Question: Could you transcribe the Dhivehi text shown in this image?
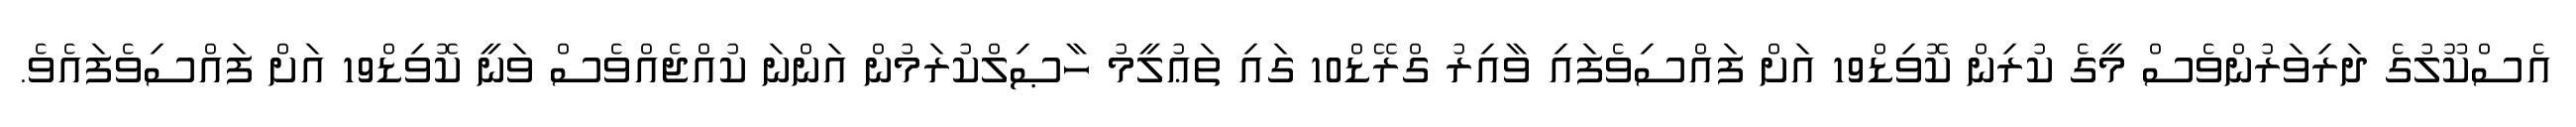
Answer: އެސްކޫލުގެ ދަރިވަރުންވެސް މީގެ ކުރިން ކޮވިޑް19 އަށް ފައްސިވެފައި ވާއިރު ގްރޭޑް10 ގައި ތަޢުލީމު ހާޞިލްކުރަމުން އަންނަ ކުއްޖެއްވެސް ވަނީ ކޮވިޑް19 އަށް ފައްސިވެފައެވެ.